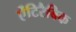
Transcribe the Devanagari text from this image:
ऐंटिरैबिक